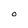
Character: O